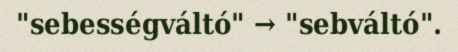
"sebességváltó" → "sebváltó".